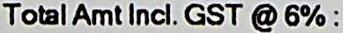
TOTAL AMT INCL. GST @ 6%: